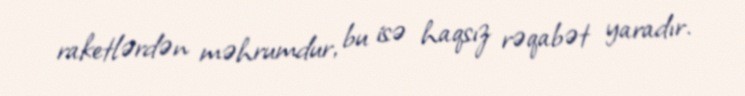
raketlərdən məhrumdur, bu isə haqsız rəqabət yaradır.